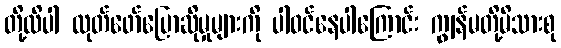
တို့ထိပါ ထုတ်ဖော်ပြောဆိုမှုများကို ပါဝင်နေပါကြောင်း ကျွန်မတို့မိသားစု